Madras plague regulations in force outside the Presidency town - Volume 2
Disease focus: Plague
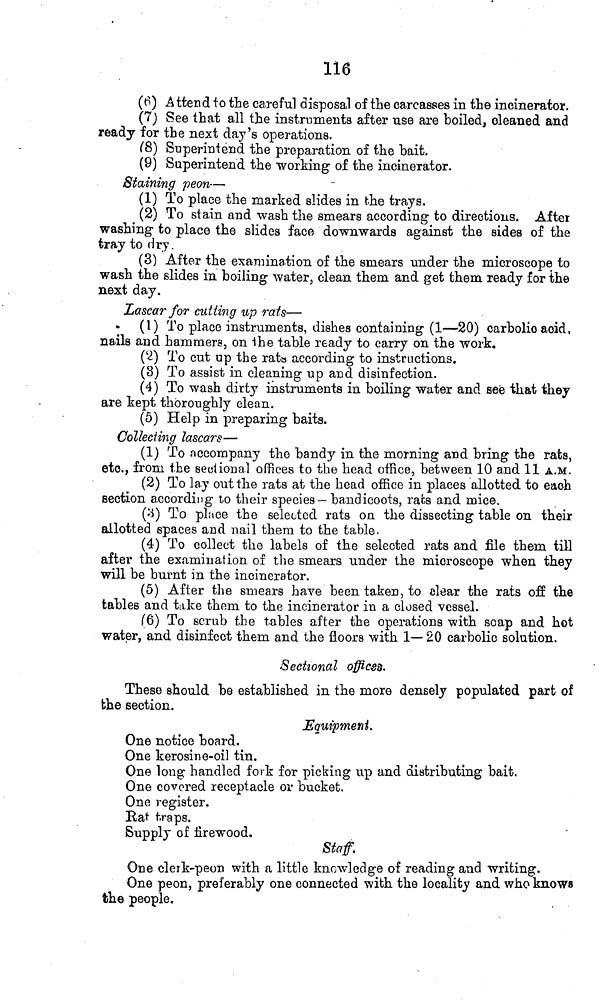
116
(6 ) Attend to the careful disposal of the carcasses in the incinerator.
(7) See that all the instruments after use are boiled, cleaned and
ready for the next day's operations.
(8) Superintend the preparation of the hait.
(9) Superintend the working of the incinerator.
Staining peon—
(1) To place the marked slides in the trays.
(2) To stain and wash the smears according to directions. After
washing to place the slides face downwards against the sides of the
tray to dry.
(3) After the examination of the smears under the microscope to
wash the slides in boiling water, clean them and get them ready for the
next day.
Lascar for cutting up rats—
(1) To place instruments, dishes containing (1—20) carbolic acid,
nails and hammers, on the table ready to carry on the work.
(2) To cut up the rats according to instructions.
(8) To assist in cleaning up and disinfection.
(4) To wash dirty instruments in boiling water and see that they
are kept thoroughly clean.
(5) Help in preparing baits.
Collecting lascars—
(1) To accompany the bandy in the morning and bring the rats,
etc., from the sectional offices to the head office, between 10 and 11 A.M.
(2) To lay out the rats at the head office in places allotted to each
section according to their species— bandicoots, rats and mice.
(3) To place the selected rats on the dissecting table on their
allotted spaces and nail them to the table.
(4) To collect the labels of the selected rats and file them till
after the examination of the smears under the microscope when they
will be burnt in the incinerator.
(5) After the smears have been taken, to clear the rats off the
tables and take them to the incinerator in a closed vessel.
(6) To scrub the tables after the operations with soap and hot
water, and disinfect them and the floors with 1— 20 carbolic solution.
Sectional offices.
These should be established in the more densely populated part of
the section.
Equipment.
One notice board.
One kerosine-oil tin.
One long handled fork for picking up and distributing bait.
One covered receptacle or bucket.
One register.
Bat traps.
Supply of firewood.
Staff.
One clerk-peon with a little knowledge of reading and writing.
One peon, preferably one connected with the locality and who knows
the people.